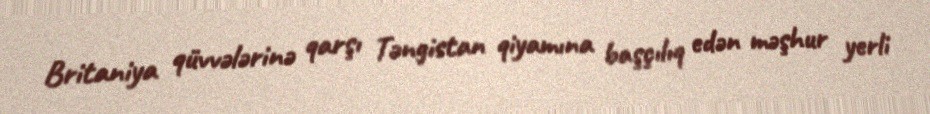
Britaniya qüvvələrinə qarşı Təngistan qiyamına başçılıq edən məşhur yerli